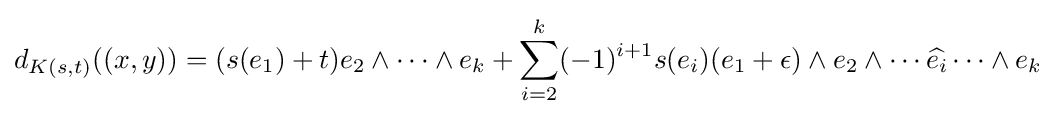
d_{K(s,t)}((x,y))=(s(e_{1})+t)e_{2}\wedge \cdots \wedge e_{k}+\sum _{i=2}^{k}(-1)^{i+1}s(e_{i})(e_{1}+\epsilon )\wedge e_{2}\wedge \cdots {\widehat {e_{i}}}\cdots \wedge e_{k}